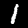
Label: 1